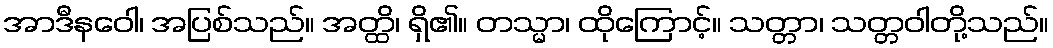
အာဒီနဝေါ၊ အပြစ်သည်။ အတ္ထိ၊ ရှိ၏။ တသ္မာ၊ ထိုကြောင့်။ သတ္တာ၊ သတ္တဝါတို့သည်။